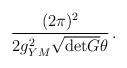
LaTeX: \begin{align*}\frac{(2\pi)^{2}}{2g_{YM}^{2}\sqrt{{\rm det} G} \theta} \, .\end{align*}